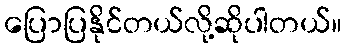
ပြောပြနိုင်တယ်လို့ဆိုပါတယ်။